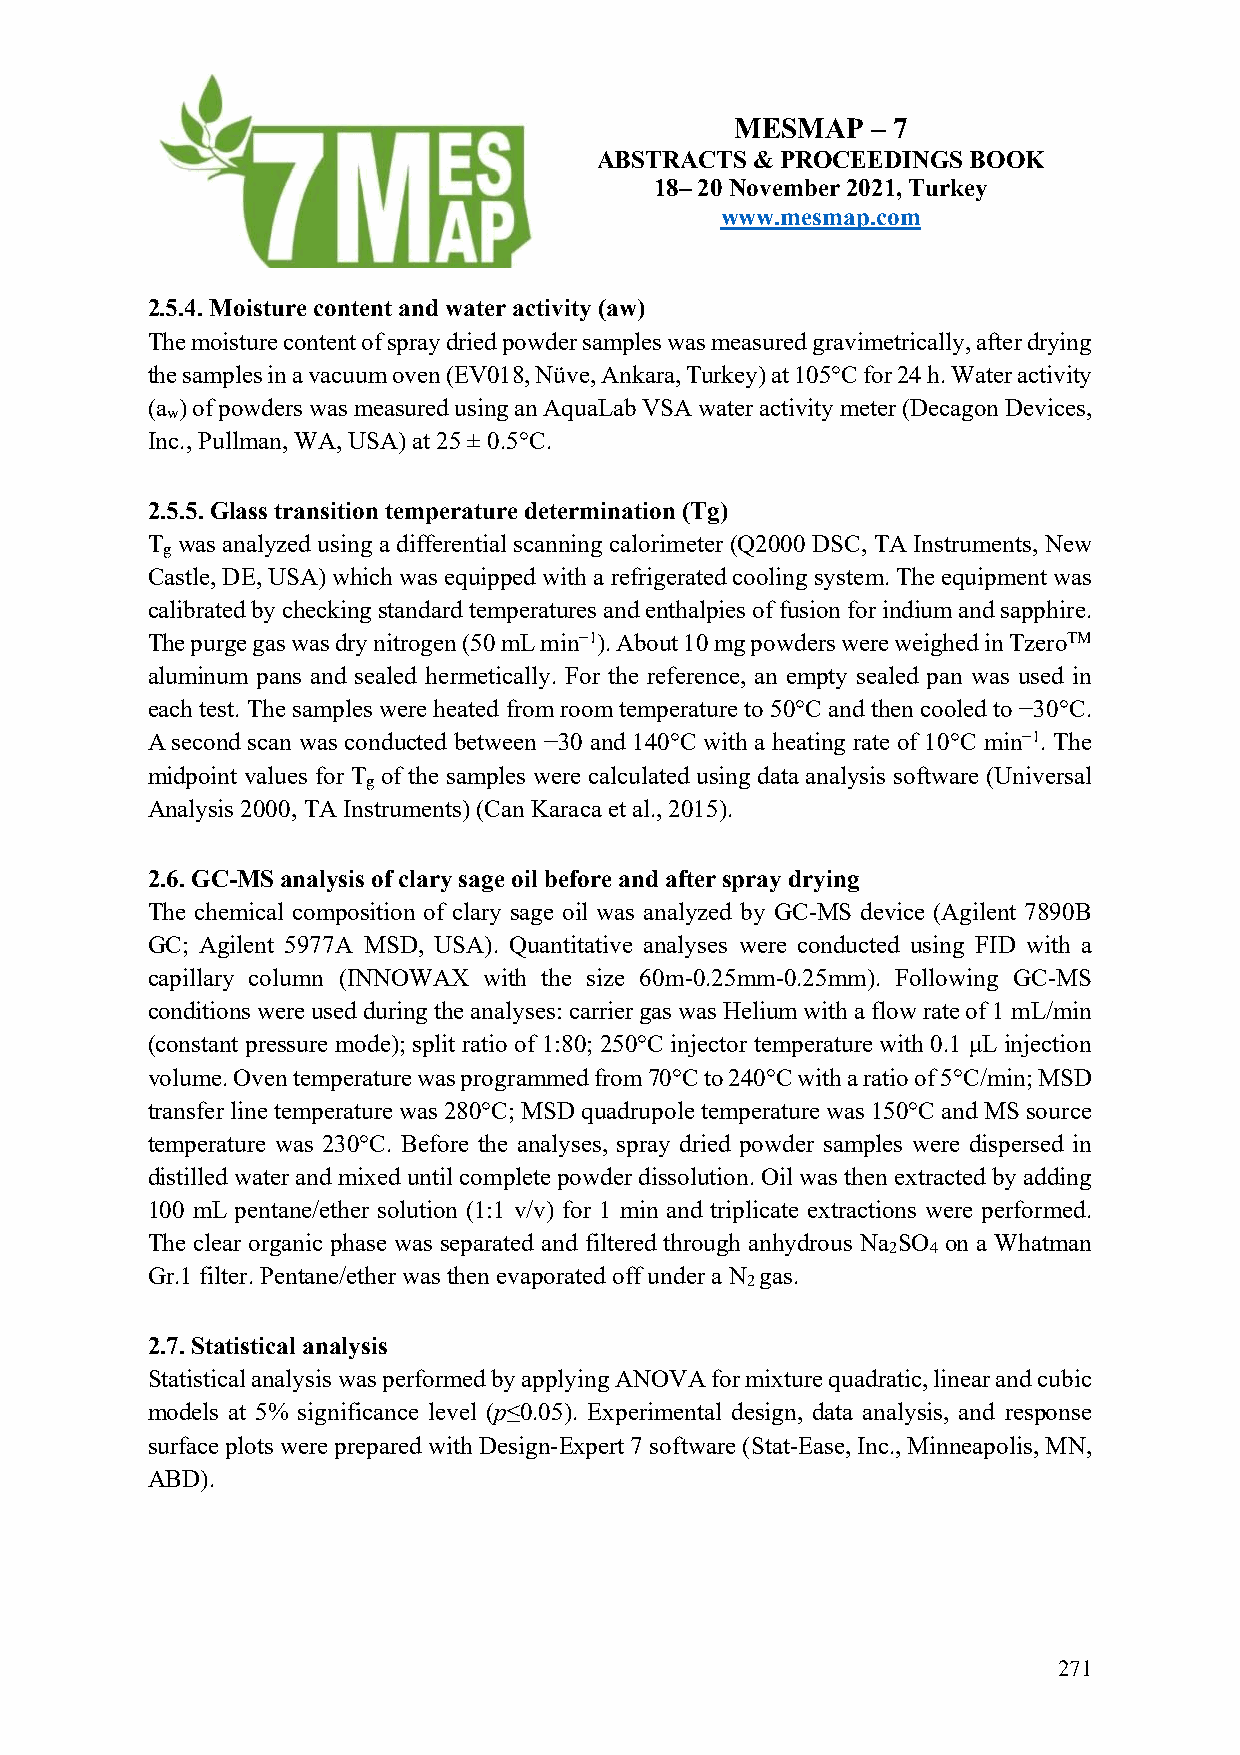
MESMAP   – 7
 ABSTRACTS  & PROCEEDINGS BOOK
 18– 20 November 2021, Turkey
 www.mesmap.com
 2.5.4. Moisture content and water activity (aw)
 The moisture content of spray dried powder samples was measured gravimetrically, after drying
 the samples in a vacuum oven (EV018, Nüve, Ankara, Turkey) at 105°C for 24 h. Water activity
 (a ) of powders was measured using an AquaLab VSA water activity meter (Decagon Devices,
 w
 Inc., Pullman, WA, USA) at 25 ± 0.5°C.
 2.5.5. Glass transition temperature determination (Tg)
 T was analyzed using a differential scanning calorimeter (Q2000 DSC, TA Instruments, New
 g
 Castle, DE, USA) which was equipped with a refrigerated cooling system. The equipment was
 calibrated by checking standard temperatures and enthalpies of fusion for indium and sapphire.
 The purge gas was dry nitrogen (50 mL min−1). About 10 mg powders were weighed in TzeroTM
 aluminum pans and sealed hermetically. For the reference, an empty sealed pan was used in
 each test. The samples were heated from room temperature to 50°C and then cooled to −30°C.
 A second scan was conducted between −30 and 140°C with a heating rate of 10°C min−1. The
 midpoint values for T of the samples were calculated using data analysis software (Universal
 g
 Analysis 2000, TA Instruments) (Can Karaca et al., 2015).
 2.6. GC-MS analysis of clary sage oil before and after spray drying
 The chemical composition of clary sage oil was analyzed by GC-MS device (Agilent 7890B
 GC; Agilent 5977A MSD, USA). Quantitative analyses were conducted using FID with a
 capillary column (INNOWAX with the size 60m-0.25mm-0.25mm). Following GC-MS
 conditions were used during the analyses: carrier gas was Helium with a flow rate of 1 mL/min
 (constant pressure mode); split ratio of 1:80; 250°C injector temperature with 0.1 μL injection
 volume. Oven temperature was programmed from 70°C to 240°C with a ratio of 5°C/min; MSD
 transfer line temperature was 280°C; MSD quadrupole temperature was 150°C and MS source
 temperature was 230°C. Before the analyses, spray dried powder samples were dispersed in
 distilled water and mixed until complete powder dissolution. Oil was then extracted by adding
 100 mL pentane/ether solution (1:1 v/v) for 1 min and triplicate extractions were performed.
 The clear organic phase was separated and filtered through anhydrous Na SO on a Whatman
 2  4
 Gr.1 filter. Pentane/ether was then evaporated off under a N gas.
 2
 2.7. Statistical analysis
 Statistical analysis was performed by applying ANOVA for mixture quadratic, linear and cubic
 models at 5% significance level (p≤0.05). Experimental design, data analysis, and response
 surface plots were prepared with Design-Expert 7 software (Stat-Ease, Inc., Minneapolis, MN,
 ABD).
 271